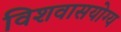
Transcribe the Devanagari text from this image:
विशवासयोग्य